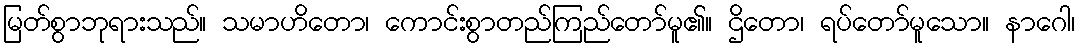
မြတ်စွာဘုရားသည်။ သမာဟိတော၊ ကောင်းစွာတည်ကြည်တော်မူ၏။ ဌိတော၊ ရပ်တော်မူသော။ နာဂေါ၊